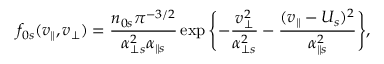
f _ { 0 s } ( v _ { \parallel } , v _ { \perp } ) = \frac { n _ { 0 s } \pi ^ { - 3 / 2 } } { \alpha _ { \perp s } ^ { 2 } \alpha _ { \parallel s } } \exp \Bigg \{ { - \frac { v _ { \perp } ^ { 2 } } { \alpha _ { \perp s } ^ { 2 } } - \frac { ( v _ { \parallel } - U _ { s } ) ^ { 2 } } { \alpha _ { \parallel s } ^ { 2 } } } \Bigg \} ,